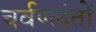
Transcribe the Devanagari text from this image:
चर्वणदंतों